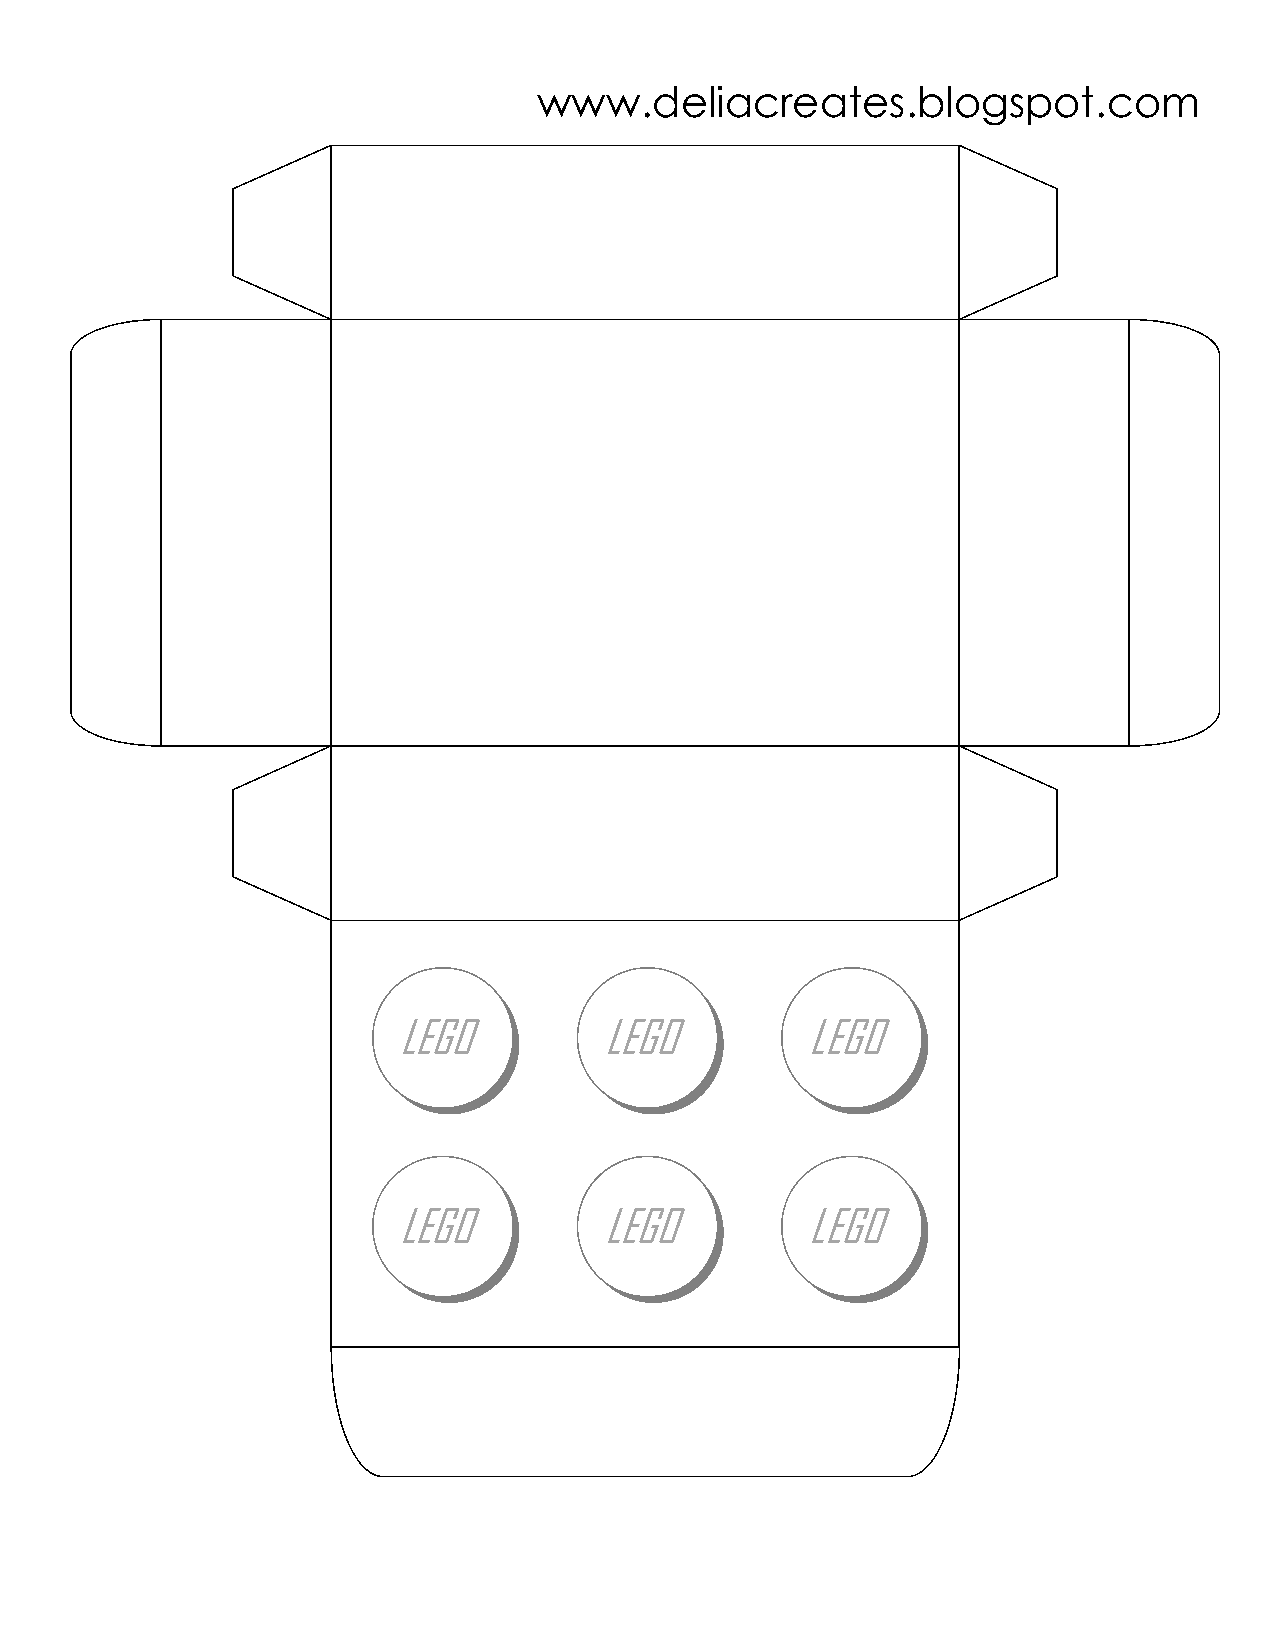
www.deliacreates.blogspot.com
 LEGO          LEGO          LEGO
 LEGO          LEGO          LEGO